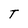
Character: T